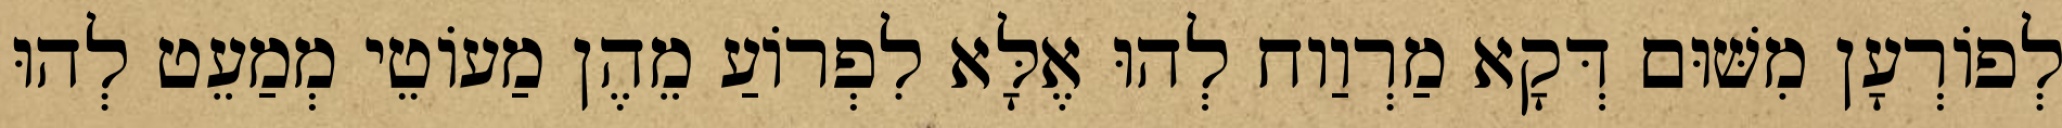
לְפוֹרְעָן מִשּׁוּם דְּקָא מַרְוַוח לְהוּ אֶלָּא לִפְרוֹעַ מֵהֶן מַעוֹטֵי מְמַעֵט לְהוּ